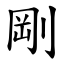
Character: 剛